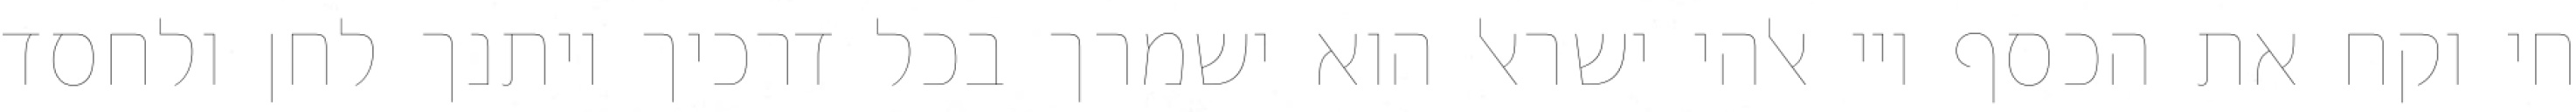
חי וקח את הכסף ויי אלהי ישראל הוא ישמרך בכל דרכיך ויתנך לחן ולחסד